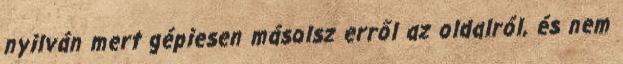
nyilván mert gépiesen másolsz erről az oldalról, és nem